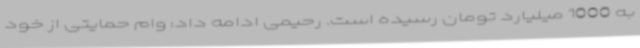
به 1000 میلیارد تومان رسیده است. رحیمی ادامه داد: وام حمایتی از خود